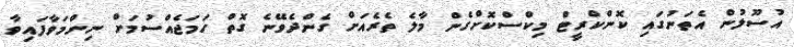
އުސޫލުން އެތަނުގައި ކޮންކްރީޓް މިކްސްކޮށްގެން މާލެ ތެރެއަށް ގެންދެވޭނެ ގޮތް ހަމަޖެއްސުމަށް ނިންމަވާފައިވާ